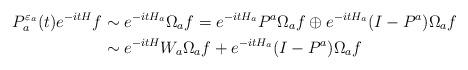
LaTeX: \begin{align*}\begin{aligned}P_a^{{\varepsilon}_a}(t)e^{-itH}f &\sim e^{-itH_a}\Omega_af= e^{-itH_a}P^a\Omega_af\oplus e^{-itH_a}(I-P^a)\Omega_af\\&\sim e^{-itH}W_a\Omega_af+e^{-itH_a}(I-P^a)\Omega_af\end{aligned}\end{align*}